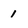
Character: 1